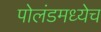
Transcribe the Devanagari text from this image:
पोलंडमध्येच